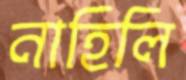
নাহিলি